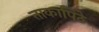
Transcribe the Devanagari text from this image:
ताकापिठे